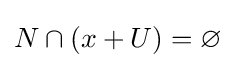
N\cap (x+U)=\varnothing